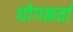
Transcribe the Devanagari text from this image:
योगकर्ता